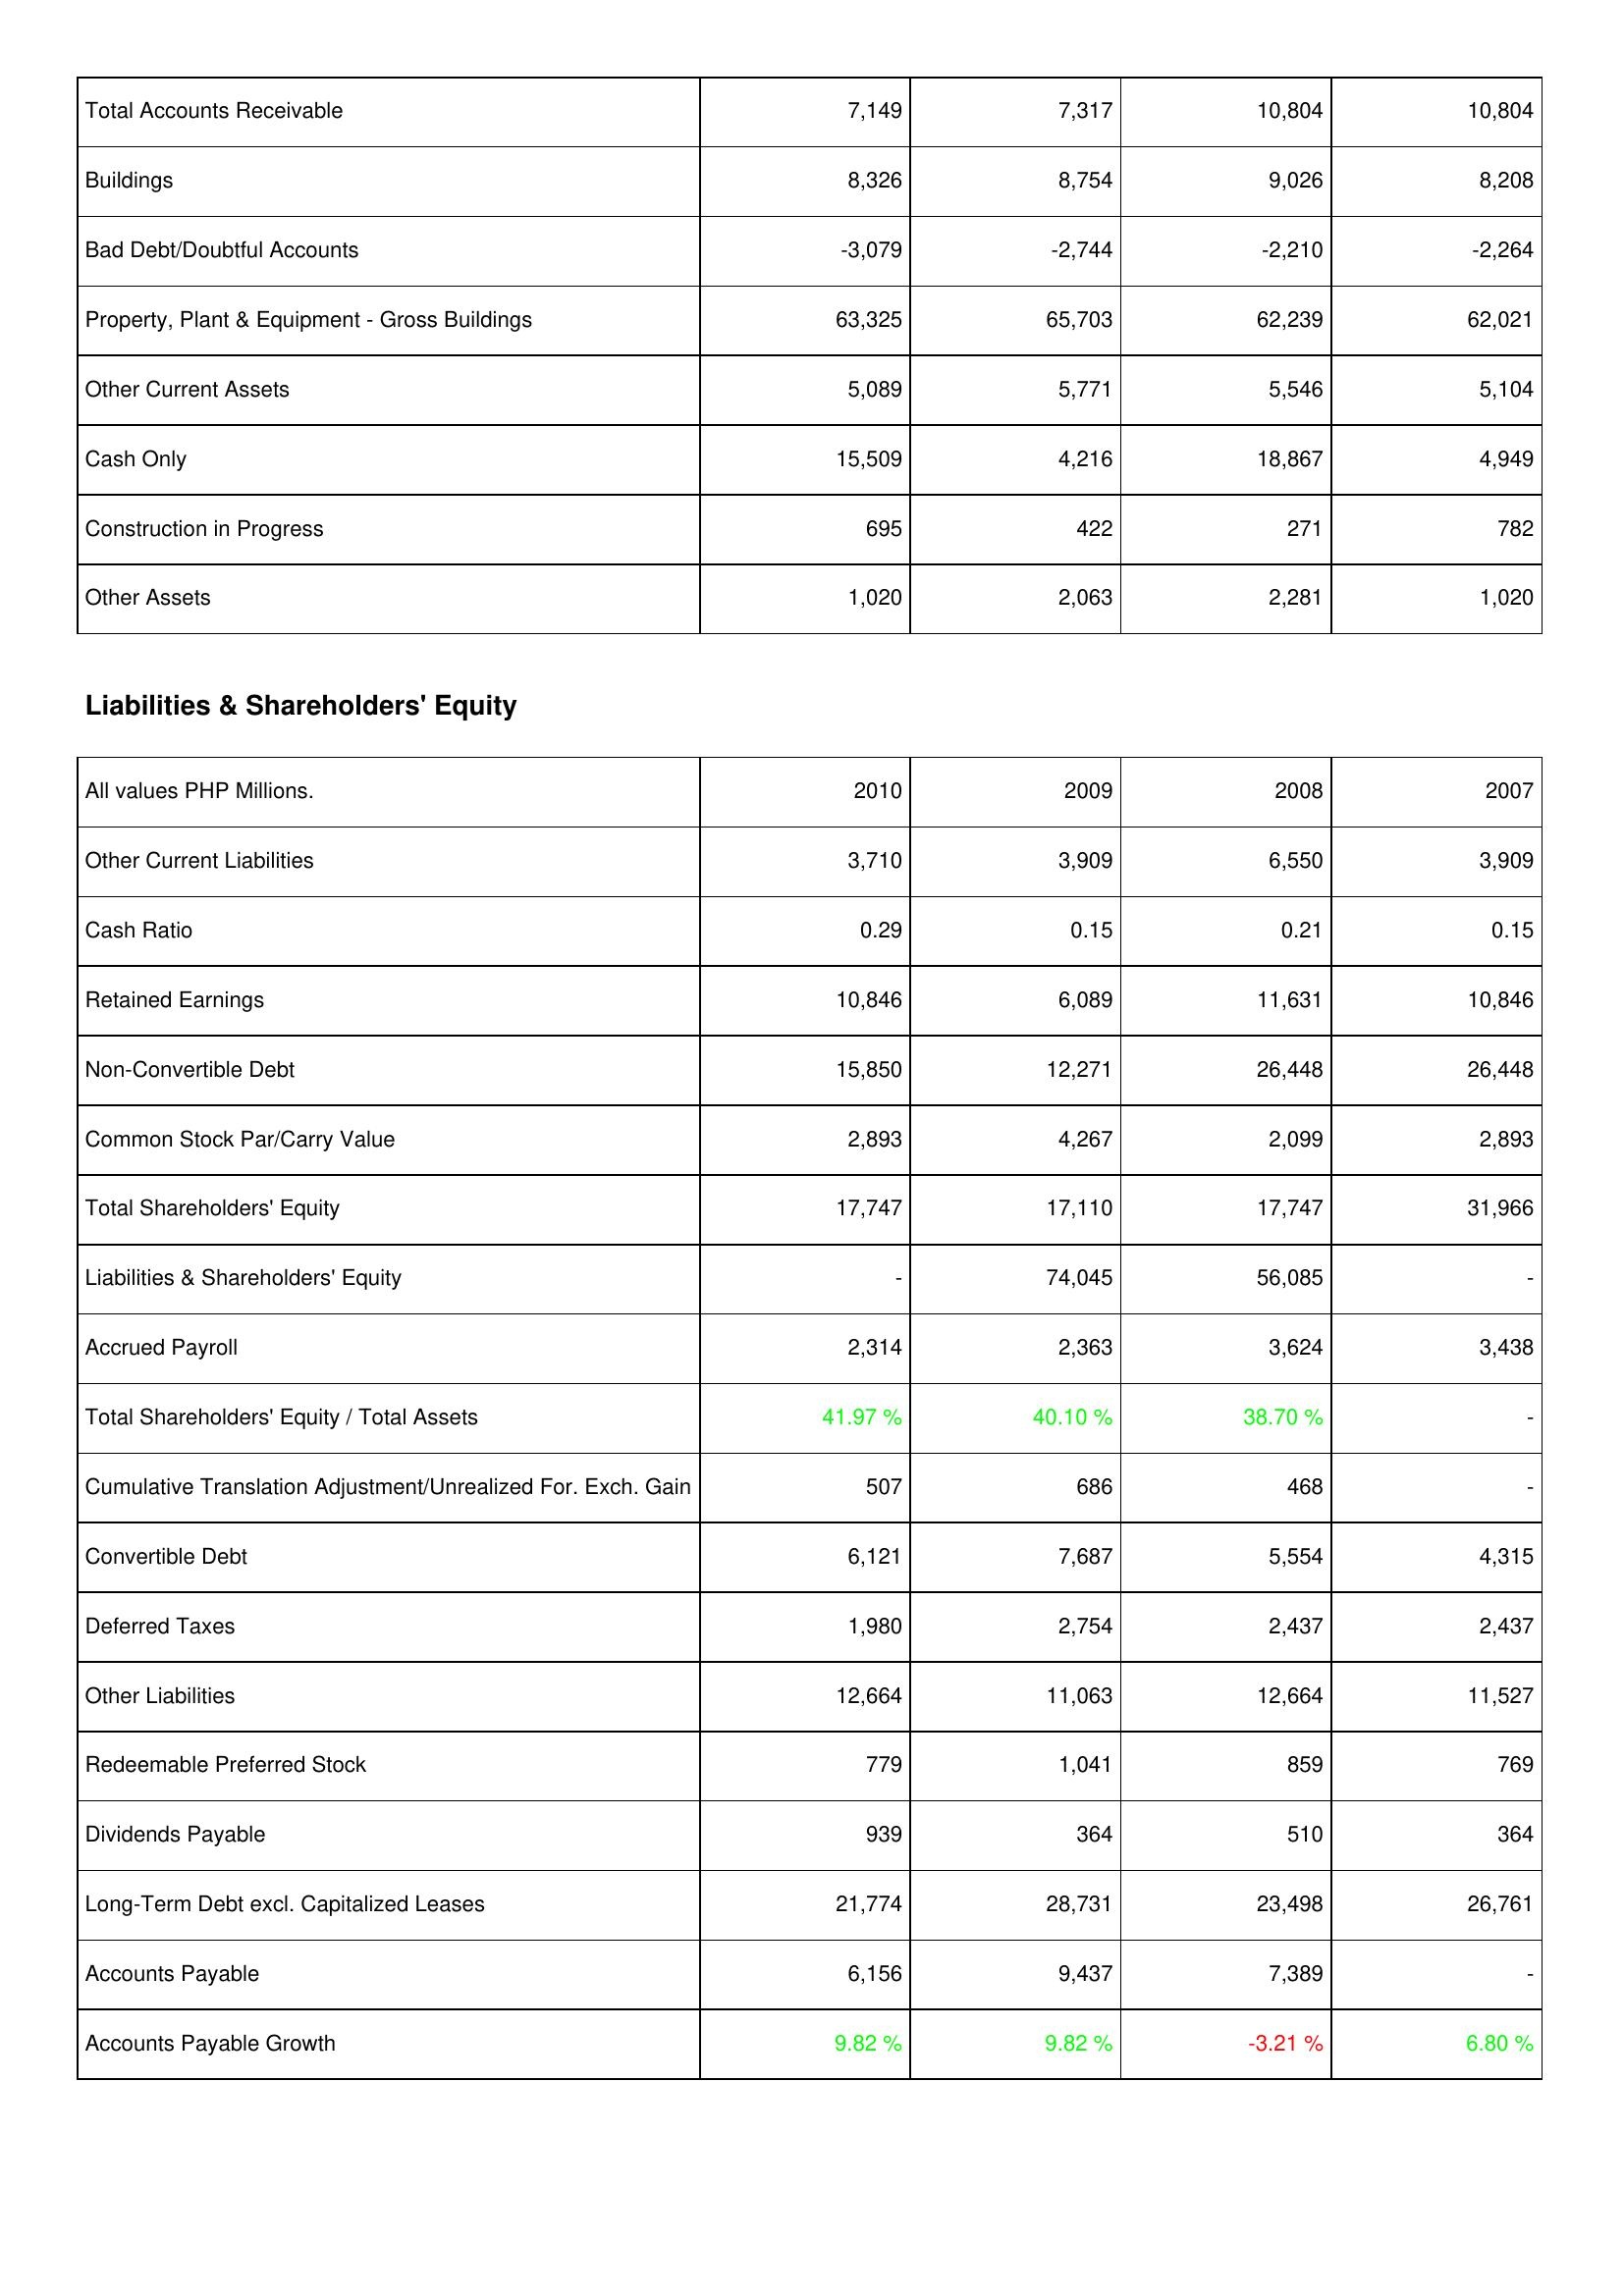
2010: Assets: Total Accounts Receivable: 7,149
Buildings: 8,326
Bad Debt/Doubtful Accounts: -3,079
Property, Plant & Equipment - Gross Buildings: 63,325
Other Current Assets: 5,089
Cash Only: 15,509
Construction in Progress: 695
Other Assets: 1,020
Liabilities & Shareholders' Equity: Other Current Liabilities: 3,710
Cash Ratio: 0.29
Retained Earnings: 10,846
Non-Convertible Debt: 15,850
Common Stock Par/Carry Value: 2,893
Total Shareholders' Equity: 17,747
Liabilities & Shareholders' Equity: -
Accrued Payroll: 2,314
Total Shareholders' Equity / Total Assets: 41.97 %
Cumulative Translation Adjustment/Unrealized For. Exch. Gain: 507
Convertible Debt: 6,121
Deferred Taxes: 1,980
Other Liabilities: 12,664
Redeemable Preferred Stock: 779
Dividends Payable: 939
Long-Term Debt excl. Capitalized Leases: 21,774
Accounts Payable: 6,156
Accounts Payable Growth: 9.82 %
2009: Assets: Total Accounts Receivable: 7,317
Buildings: 8,754
Bad Debt/Doubtful Accounts: -2,744
Property, Plant & Equipment - Gross Buildings: 65,703
Other Current Assets: 5,771
Cash Only: 4,216
Construction in Progress: 422
Other Assets: 2,063
Liabilities & Shareholders' Equity: Other Current Liabilities: 3,909
Cash Ratio: 0.15
Retained Earnings: 6,089
Non-Convertible Debt: 12,271
Common Stock Par/Carry Value: 4,267
Total Shareholders' Equity: 17,110
Liabilities & Shareholders' Equity: 74,045
Accrued Payroll: 2,363
Total Shareholders' Equity / Total Assets: 40.10 %
Cumulative Translation Adjustment/Unrealized For. Exch. Gain: 686
Convertible Debt: 7,687
Deferred Taxes: 2,754
Other Liabilities: 11,063
Redeemable Preferred Stock: 1,041
Dividends Payable: 364
Long-Term Debt excl. Capitalized Leases: 28,731
Accounts Payable: 9,437
Accounts Payable Growth: 9.82 %
2008: Assets: Total Accounts Receivable: 10,804
Buildings: 9,026
Bad Debt/Doubtful Accounts: -2,210
Property, Plant & Equipment - Gross Buildings: 62,239
Other Current Assets: 5,546
Cash Only: 18,867
Construction in Progress: 271
Other Assets: 2,281
Liabilities & Shareholders' Equity: Other Current Liabilities: 6,550
Cash Ratio: 0.21
Retained Earnings: 11,631
Non-Convertible Debt: 26,448
Common Stock Par/Carry Value: 2,099
Total Shareholders' Equity: 17,747
Liabilities & Shareholders' Equity: 56,085
Accrued Payroll: 3,624
Total Shareholders' Equity / Total Assets: 38.70 %
Cumulative Translation Adjustment/Unrealized For. Exch. Gain: 468
Convertible Debt: 5,554
Deferred Taxes: 2,437
Other Liabilities: 12,664
Redeemable Preferred Stock: 859
Dividends Payable: 510
Long-Term Debt excl. Capitalized Leases: 23,498
Accounts Payable: 7,389
Accounts Payable Growth: -3.21 %
2007: Assets: Total Accounts Receivable: 10,804
Buildings: 8,208
Bad Debt/Doubtful Accounts: -2,264
Property, Plant & Equipment - Gross Buildings: 62,021
Other Current Assets: 5,104
Cash Only: 4,949
Construction in Progress: 782
Other Assets: 1,020
Liabilities & Shareholders' Equity: Other Current Liabilities: 3,909
Cash Ratio: 0.15
Retained Earnings: 10,846
Non-Convertible Debt: 26,448
Common Stock Par/Carry Value: 2,893
Total Shareholders' Equity: 31,966
Liabilities & Shareholders' Equity: -
Accrued Payroll: 3,438
Total Shareholders' Equity / Total Assets: -
Cumulative Translation Adjustment/Unrealized For. Exch. Gain: -
Convertible Debt: 4,315
Deferred Taxes: 2,437
Other Liabilities: 11,527
Redeemable Preferred Stock: 769
Dividends Payable: 364
Long-Term Debt excl. Capitalized Leases: 26,761
Accounts Payable: -
Accounts Payable Growth: 6.80 %